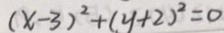
( x - 3 ) ^ { 2 } + ( y + 2 ) ^ { 2 } = 0